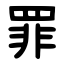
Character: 罪